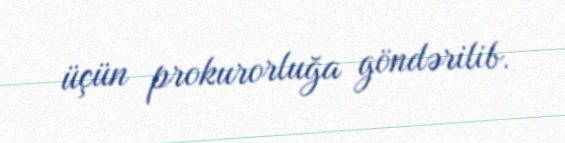
üçün prokurorluğa göndərilib.